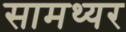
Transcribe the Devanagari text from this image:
सामथ्यर